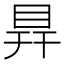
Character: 𥅳